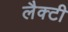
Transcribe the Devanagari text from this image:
लैक्टी